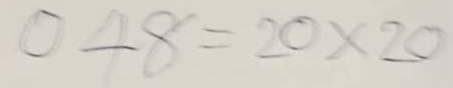
048 = 20x20